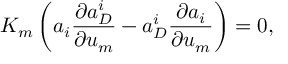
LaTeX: K _ { m } \left( a _ { i } \frac { \partial a _ { D } ^ { i } } { \partial u _ { m } } - a _ { D } ^ { i } \frac { \partial a _ { i } } { \partial u _ { m } } \right) = 0 ,